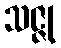
သဇ္ဇု